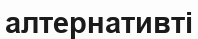
алтернативті